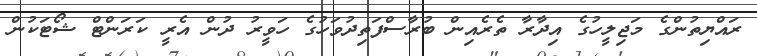
ރައްޔިތުންގެ މަޖިލީހުގެ އިދާރާ ތެރެއިން ބުރާސްފަތިދުވަހުގެ ހަވީރު ދުން އެރީ ކަރަންޓް ޝޯޓަކުން